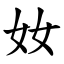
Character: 奻